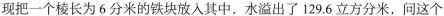
现把一个棱长为6分米的铁块放入其中，水溢出了129.6立方分米，问这个